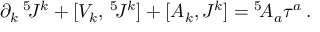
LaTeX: \partial _ { k } \, { } ^ { 5 } \! J ^ { k } + [ V _ { k } , \, { } ^ { 5 } \! J ^ { k } ] + [ A _ { k } , J ^ { k } ] = { } ^ { 5 } \! { \cal A } _ { a } \tau ^ { a } \: .